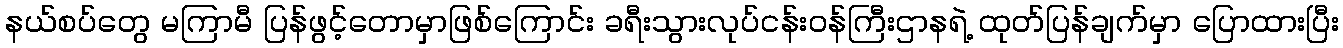
နယ်စပ်တွေ မကြာမီ ပြန်ဖွင့်တောမှာဖြစ်ကြောင်း ခရီးသွားလုပ်ငန်းဝန်ကြီးဌာနရဲ့ ထုတ်ပြန်ချက်မှာ ပြောထားပြီး